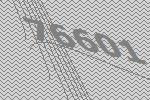
76601